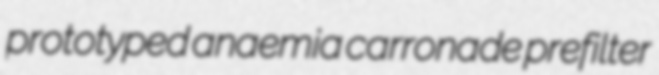
prototyped anaemia carronade prefilter